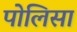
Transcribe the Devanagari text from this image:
पोलिसा